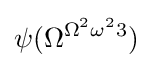
\psi (\Omega ^{\Omega ^{2}\omega ^{2}3})